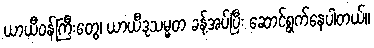
ယာယီဝန်ကြီးတွေ၊ ယာယီဒုသမ္မတ ခန့်အပ်ပြီး ဆောင်ရွက်နေပါတယ်။